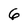
Character: 6